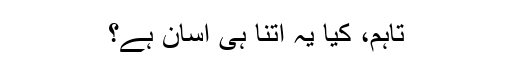
تاہم، کیا یہ اتنا ہی آسان ہے؟